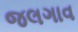
જલગાવ